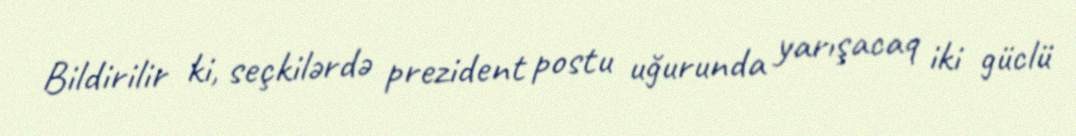
Bildirilir ki, seçkilərdə prezident postu uğurunda yarışacaq iki güclü